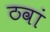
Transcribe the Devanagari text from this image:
ठवां